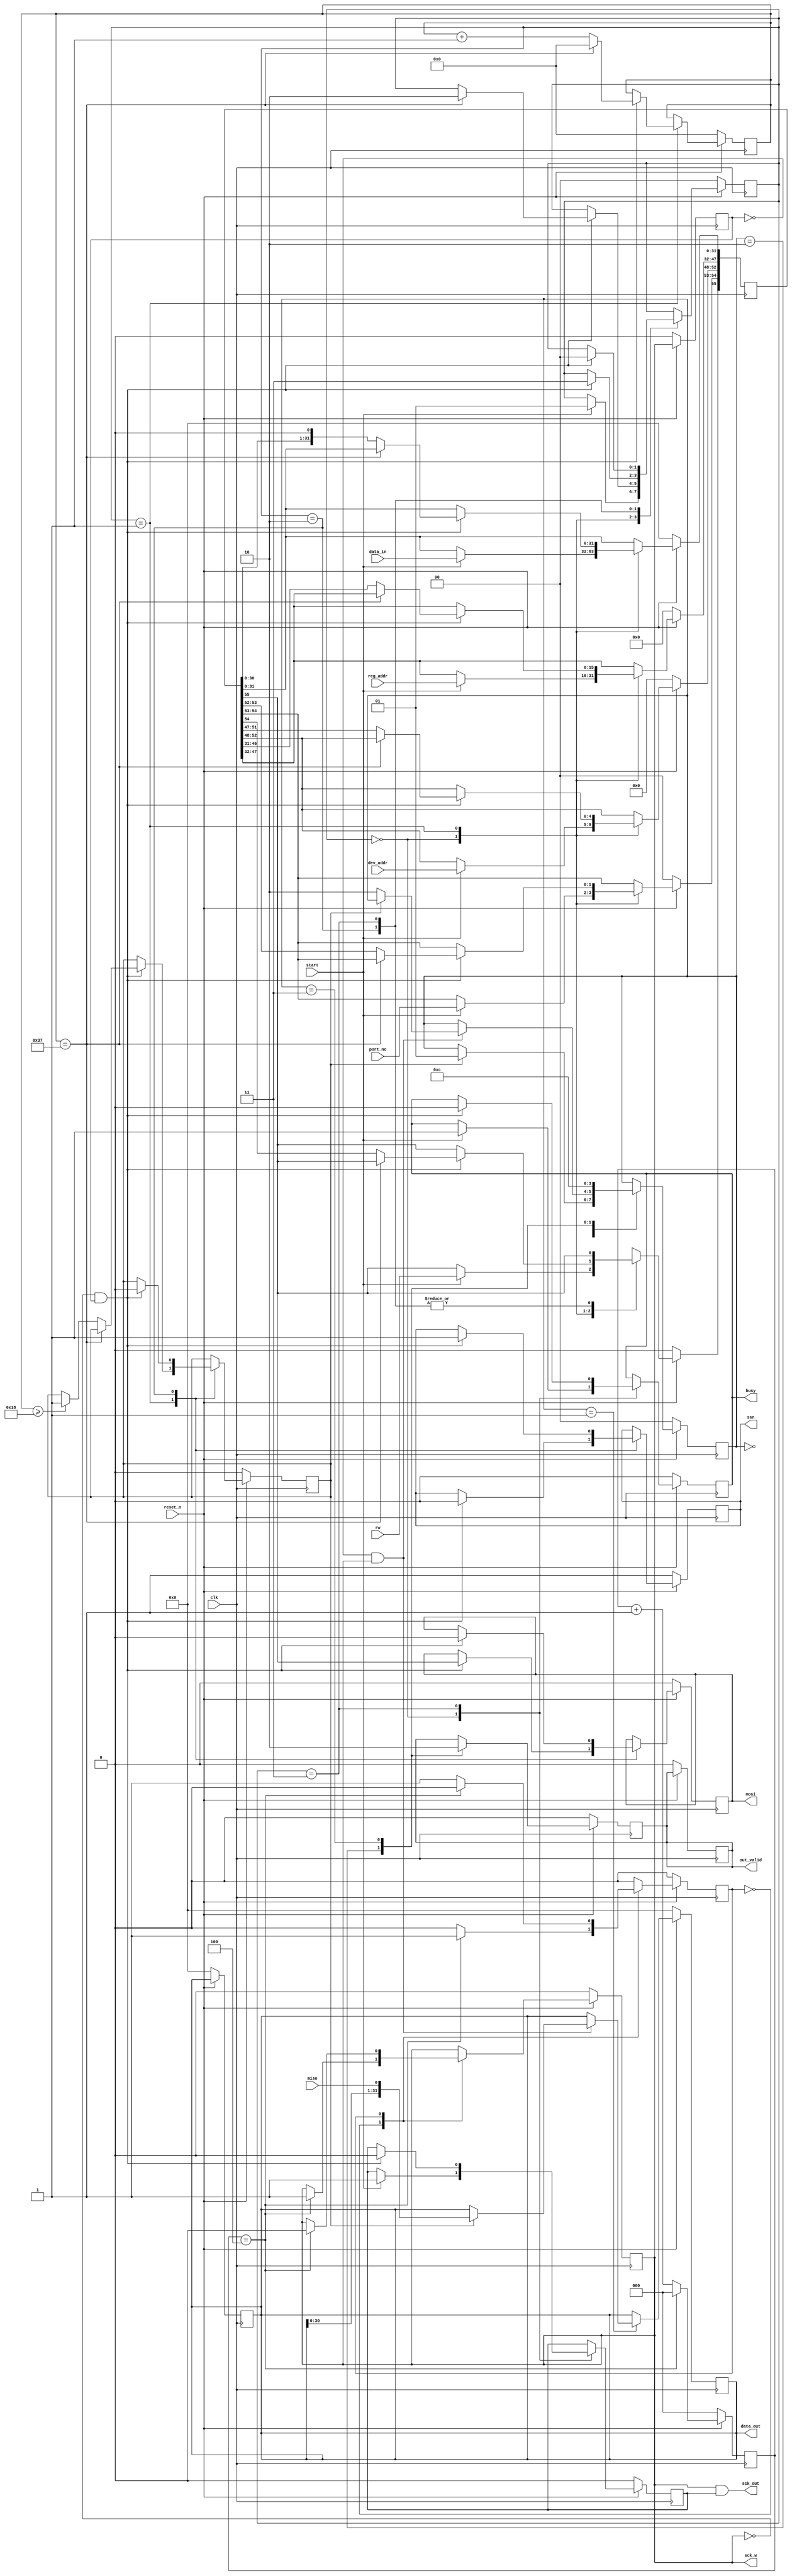
//  --==============================================================--
//  This confidential and proprietary software may be used only as
//  authorised by a licensing agreement from INNOVA-DA Limited
//    (C) COPYRIGHT 2017 INNOVA-DA Limited
//        ALL RIGHTS RESERVED
//  The entire notice above must be reproduced on all authorised
//  copies and copies may only be made to the extent permitted
//  by a licensing agreement from INNOVA-DA Limited.
//  
//  ------------------------------------------------------------------
//  Version and Release Control Information:
//  
//  File Revision      : 1.0
//  
//  ------------------------------------------------------------------
//  Purpose            : Provides the Interface to MDIO pins.
//                       Clause 45 compatible
//  --==============================================================--

module spi_master (
	input clk,
	input reset_n,
	input start,
	output reg busy,
	input rw,
	input [1:0] port_no,
	input [4:0] dev_addr,
	input [15:0] reg_addr,
	input [31:0] data_in,
	output reg [31:0] data_out,
	output reg out_valid,	
	output sck_out,
	output sck_w,
	output reg ssn,
	input miso,
	output reg mosi
);

	parameter SCK_DIV_WIDTH =3;
	parameter SCK_DIV_VALUE = 8;
	
	reg [SCK_DIV_WIDTH-1:0] clk_cnt;
	reg clk_state;
	reg sck;
	always @ (posedge clk)
		if (~reset_n)	begin
			clk_cnt <= 'd0;
			clk_state <= 1'b0;
			sck <= 1'b0;
		end
		else	begin
			case (clk_state)
				1'b0:	if (clk_cnt == SCK_DIV_VALUE/2)	begin
					clk_cnt <= 'd0;
					sck <= 1'b1;
					clk_state <= 1'b1;
				end
				else
					clk_cnt <= clk_cnt + 1'b1;
				1'b1:	if (clk_cnt == SCK_DIV_VALUE/2)	begin
					clk_cnt <= 'd0;
					sck <= 1'b0;
					clk_state <= 1'b0;
				end
				else
					clk_cnt <= clk_cnt + 1'b1;
			endcase
		end
	
	reg sck_t;
	wire sck_rising;
	wire sck_falling; 
	always@(posedge clk)begin
		if(~reset_n)	sck_t <= 1'b0;
		else		sck_t <= sck;
	end
	assign sck_rising = ~sck_t & sck;	
	assign sck_falling = ~sck & sck_t;	
	assign sck_w = sck;
	
	reg [1:0] w_state;
	reg [55:0] temp_array; 
	reg [5:0] cnt1;
	reg  rw_reg;
	reg sck_out_en;
	reg sample_en;
	
	assign sck_out = sck & sck_out_en;
	
	always @ (posedge clk)
		if (~reset_n)	begin
			w_state <= 'd0;
			temp_array <= 56'd0;
			busy <= 1'b0;
			ssn <= 1'b1;
			mosi <= 1'b0;
			cnt1 <= 6'd0;
			rw_reg <= 1'b0;
			data_out <= 32'd0;
			out_valid <= 1'b0;
			sck_out_en <= 1'b0;
			sample_en <= 1'b0;
		end
		else	begin
			case (w_state)
				2'd0:	begin	
					if (start)	begin
						temp_array[31:0] <= data_in;
						temp_array[47:32] <= reg_addr;
						temp_array[52:48] <= dev_addr;
						temp_array[54:53] <= port_no;
						temp_array[55] = rw;
						busy <= 1'b1;
						rw_reg <= rw;
						w_state <= 2'd1;
						sck_out_en <= 1'b1;
					end
				end
				2'd1:	if (sck_falling)	begin
					ssn <= 1'b0;
					mosi <= temp_array[55];
					if (cnt1 == 55)	begin
						cnt1 <= 6'd0;
						w_state <= 2'd2;
					end
					else	begin
						temp_array <= {temp_array[54:0],1'b0};
						cnt1 <= cnt1 + 1'b1;
						if (cnt1 >= 24)	
							sample_en <= 1'b1;
					end
				end
				2'd2:	if (sck_falling)	begin
					ssn <= 1'b1;
					mosi <= 1'b0;
					sample_en <= 1'b0;
					w_state <= 2'd3;
				end
				2'd3:	if (sck_falling)	begin
					busy <= 1'b0;
					sck_out_en <= 1'b0;
					w_state <= 2'd0;
				end
			endcase
		end
		
	reg [1:0] r_state;
	always @ (posedge clk)
		if (~reset_n)	begin
			r_state <= 2'd0;
			out_valid <= 1'b0;
			data_out <= 32'd0;
		end
		else	begin
			case (r_state)
				2'd0:	if (sample_en)	begin
					r_state <= 2'd1; 
				end
				2'd1:	if (sck_rising)	begin
					if (~sample_en)
						r_state <= 2'd2;
					else
						data_out <= {data_out[30:0],miso};
				end
				2'd2:	begin
					out_valid <= 1'b1;
					r_state <= 2'd3;
				end
				2'd3:	begin
					out_valid <= 1'b0;
					r_state <= 2'd0;
				end
			endcase
		end
		
endmodule